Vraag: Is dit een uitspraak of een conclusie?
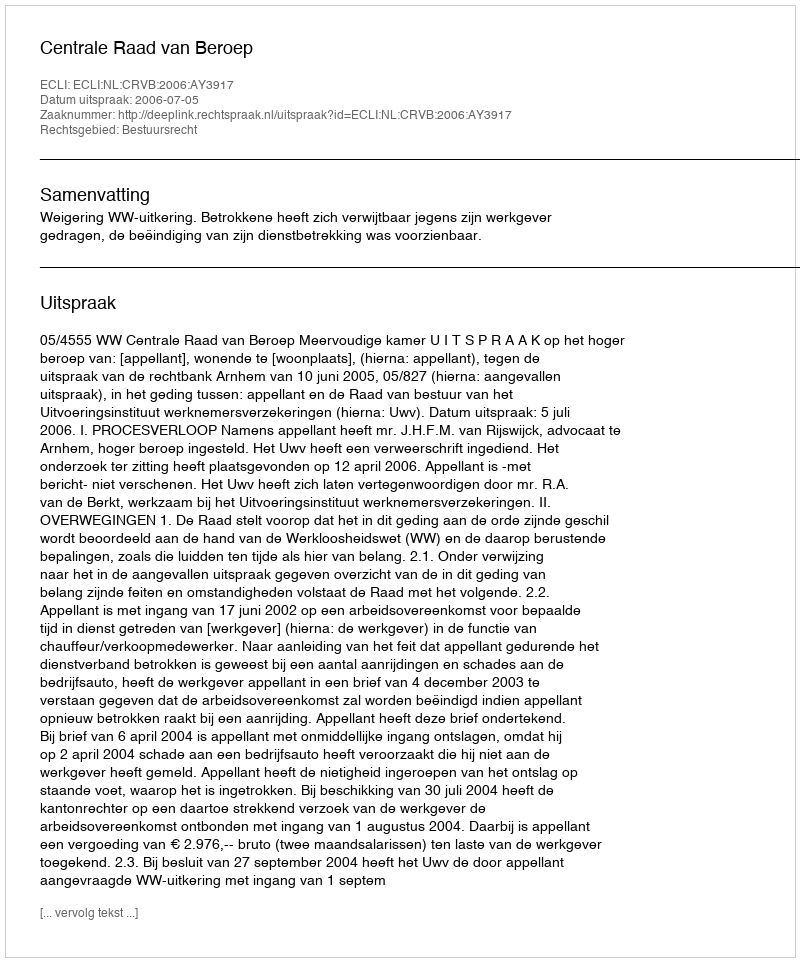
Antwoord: Uitspraak